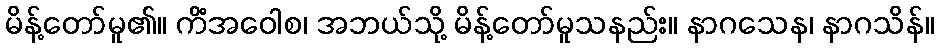
မိန့်တော်မူ၏။ ကိံအဝေါစ၊ အဘယ်သို့ မိန့်တော်မူသနည်း။ နာဂသေန၊ နာဂသိန်။